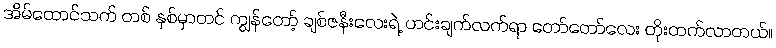
အိမ်ထောင်သက် တစ် နှစ်မှာတင် ကျွန်တော့် ချစ်ဇနီးလေးရဲ့ ဟင်းချက်လက်ရာ တော်တော်လေး တိုးတက်လာတယ်။